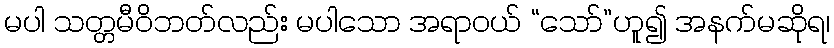
မပါ သတ္တမီဝိဘတ်လည်း မပါသော အရာဝယ် “သော်”ဟူ၍ အနက်မဆိုရ၊